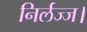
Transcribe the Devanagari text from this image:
निर्लज्ज।